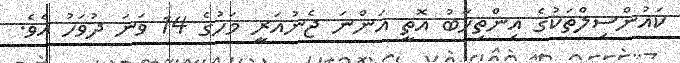
ކައުންސިލްތަކުގެ އިންތިޚާބު އޮތީ އަންނަ ޖެނުއަރީ މަހުގެ 14 ވަނަ ދުވަހު އެވެ.